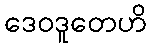
ဒေဝဒူတေဟိ